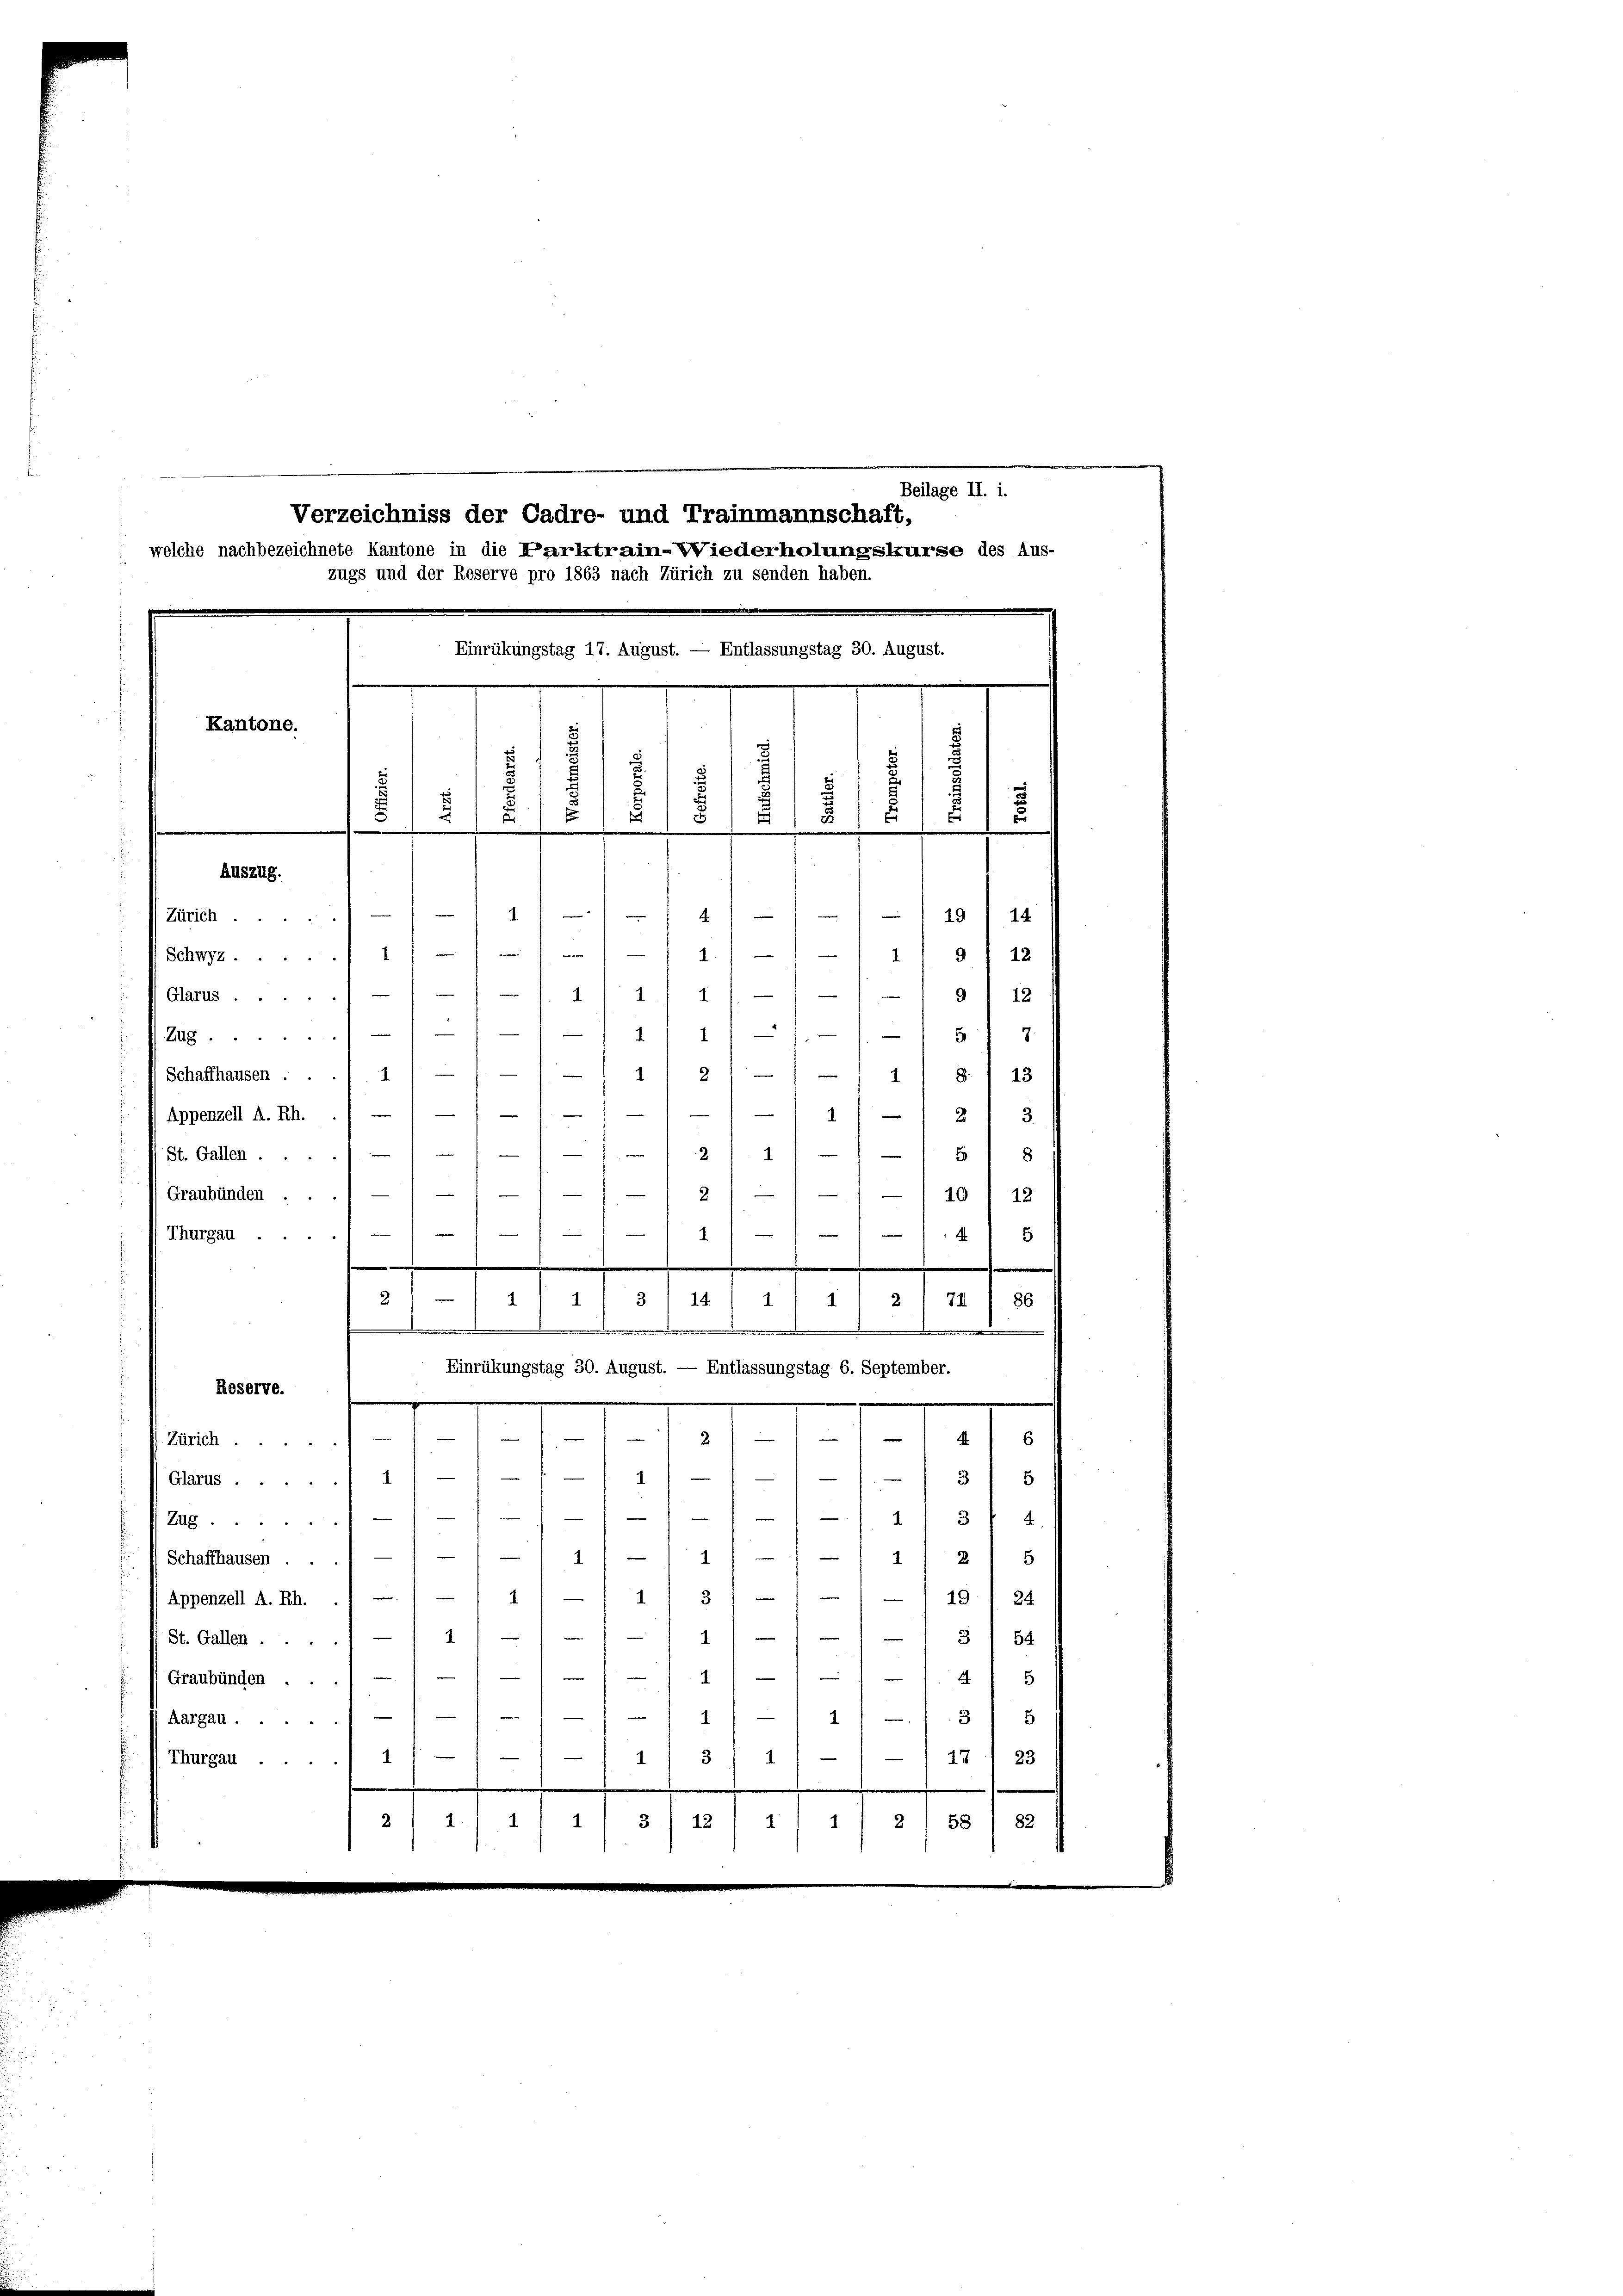
Beilage II. i.
Kantone.
.
¬
d
u
18
t
E
s
Auszug.
14/1149 f 24
Zürich.
1
/11/11 11 f 12
 Schwyz.
d
9 18
1.11
Glarus
 111 11
.
Zug)
21 21 418 f 48
 Schaffhausen.

1/2 1 3
) Appenzell A. Rh.
e
2 f. 111 151 8
St. Gallen.
—
 Graubünden.
2
1 — 10 f 12
48
1
Thurgau
2
r
2
1
71.
86
1
14.
s
1

Einrükungstag 30. August. — Entlassungstag 6. September.
Reserve.
e
—
1.11.1910
 Zürich.
f
i
3) 5
Gams 11 - 1
—
r
3 4

Zag ...
—
 111
2) 8
x
(Schaffhausen ...
f
e
e
13
19 I 24
1
Appenzell A. Rh.
d
e
41
3/84
1
St. Gallen ..
i
88
Graubünden ...
n
24 f. 38
Aargau.
17) 23
3/ 1
1
Thurgau 1
4
1
2) §§ I 82
2
3./ 12/4 1

Verzeichniss der Cadre- und Trainmannschaft,
welche nachbezeichnete Kantone in die Parktrain-Wiederholungskurse des Aus-
zugs und der Reserve pro 1863 nach Zürich zu senden haben.
Einrükungstag 17. August. — Entlassungstag 30. August.